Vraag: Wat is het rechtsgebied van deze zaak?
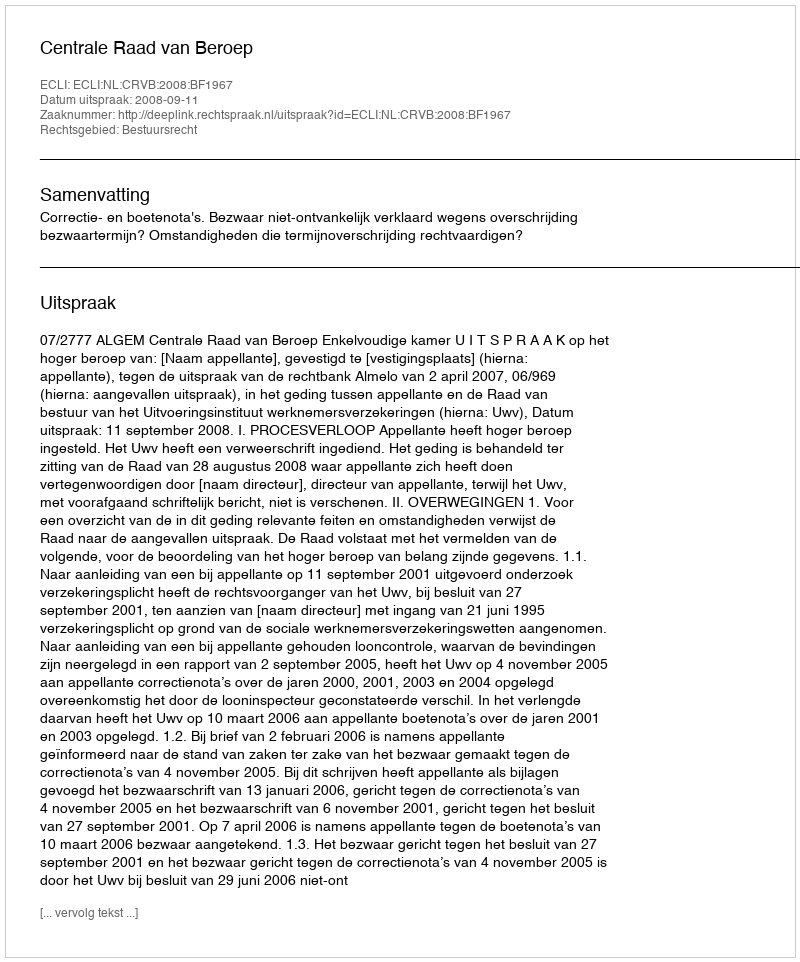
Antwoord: Bestuursrecht